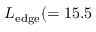
L _ { \mathrm { e d g e } } ( = 1 5 . 5